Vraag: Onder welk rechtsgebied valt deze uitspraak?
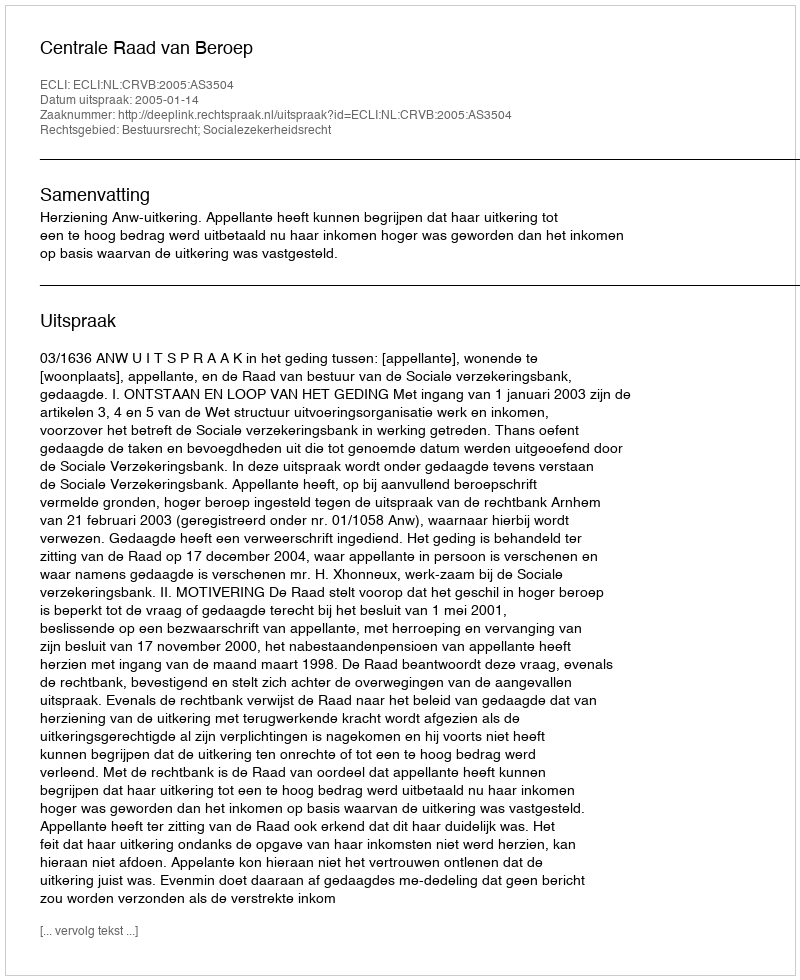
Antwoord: Bestuursrecht; Socialezekerheidsrecht